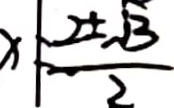
x \neq \frac { 2 \pm \sqrt { 3 } } { 2 }